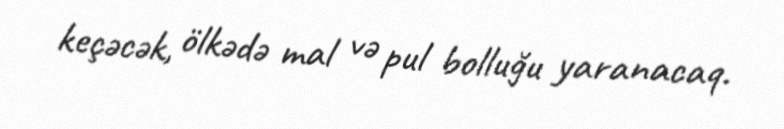
keçəcək, ölkədə mal və pul bolluğu yaranacaq.